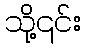
သို့၎င်း